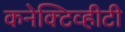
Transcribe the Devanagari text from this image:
कनेक्टिव्हीटी